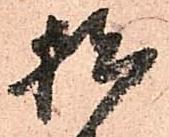
拙